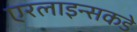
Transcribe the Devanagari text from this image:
एरलाइन्सकडे